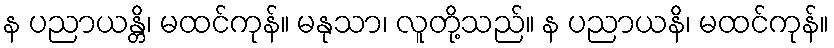
န ပညာယန္တိ၊ မထင်ကုန်။ မနုသာ၊ လူတို့သည်။ န ပညာယနိ၊ မထင်ကုန်။